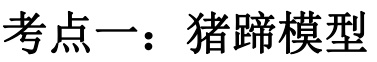
考点一：猪蹄模型